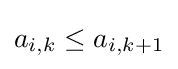
a_{i,k}\leq a_{i,k+1}